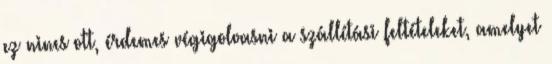
ez nincs ott, érdemes végigolvasni a szállítási feltételeket, amelyet